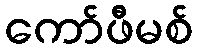
ကော်ဖီမစ်